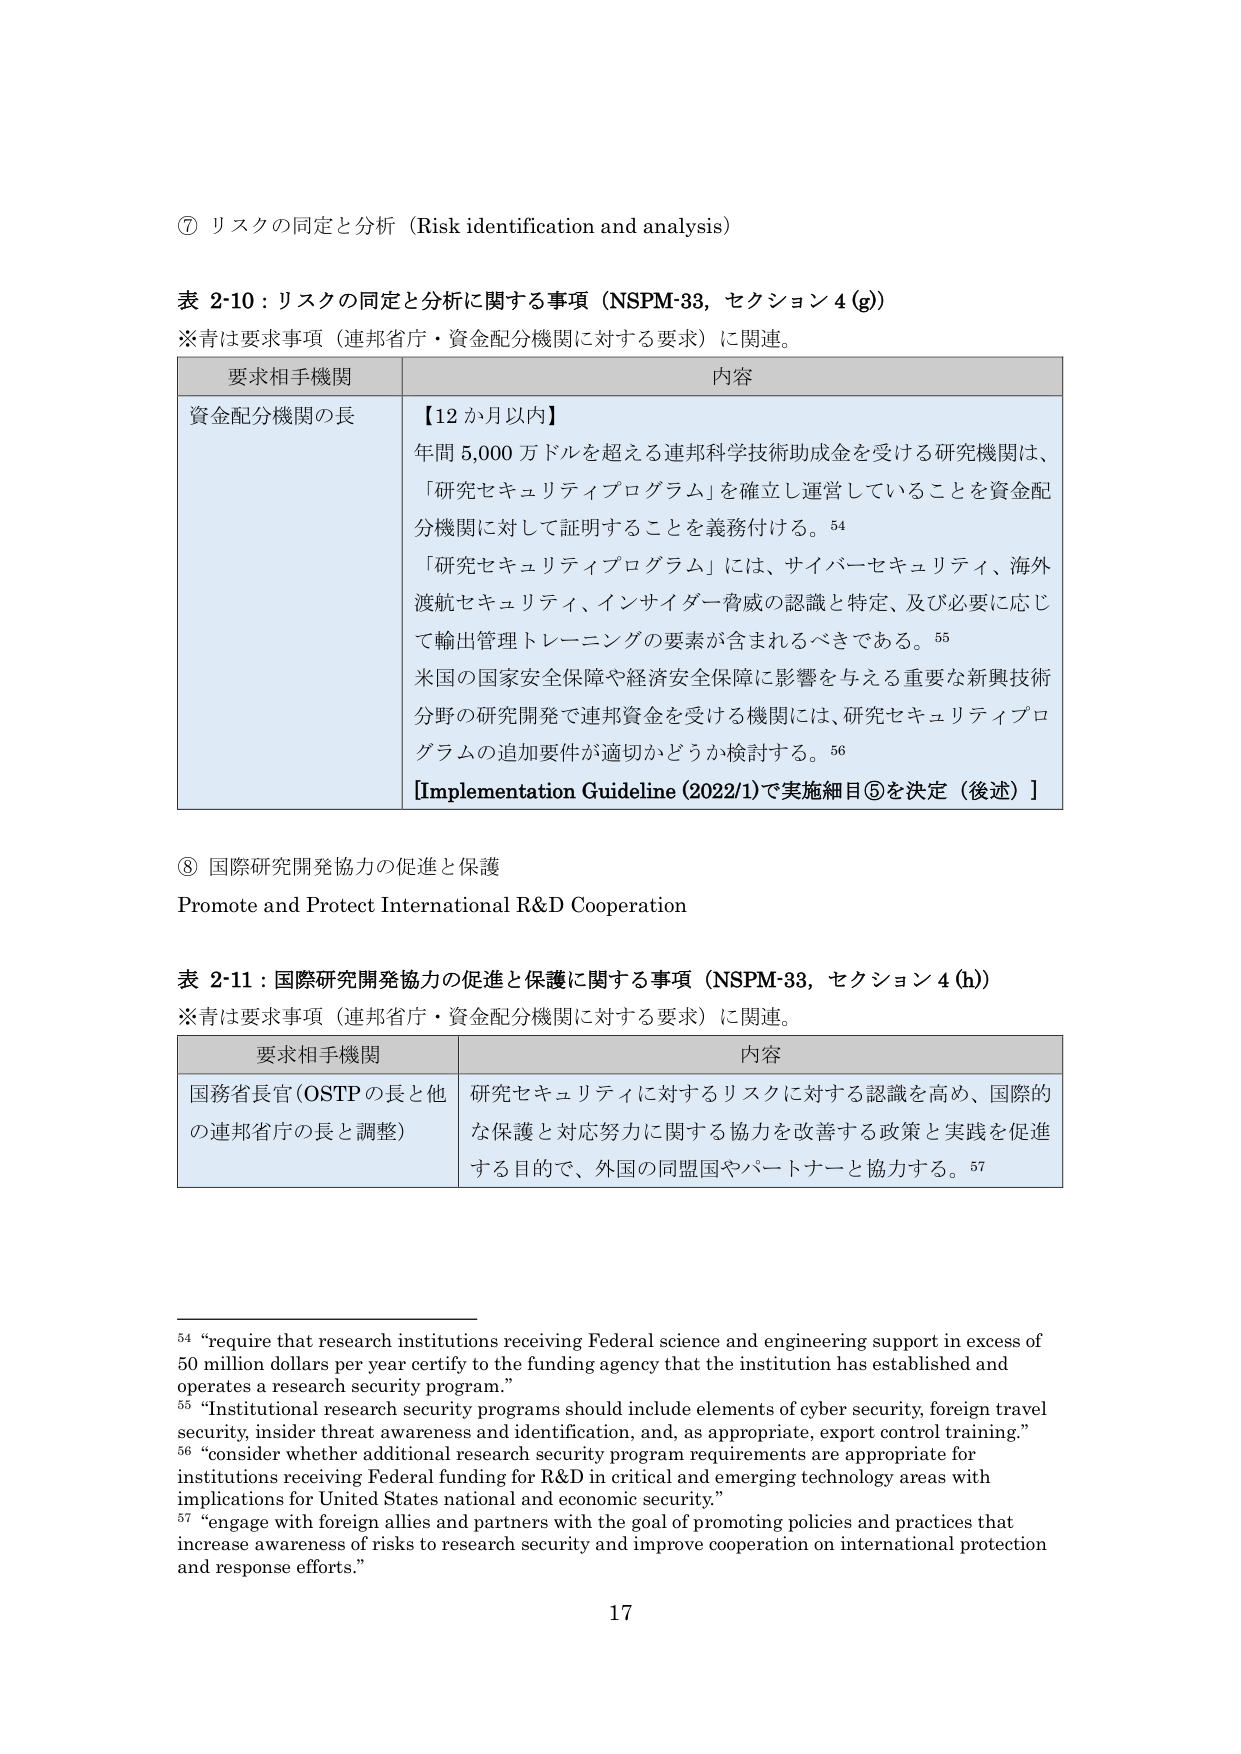
⑦ リスクの同定と分析（Risk identification and analysis）

表 2-10：リスクの同定と分析に関する事項（NSPM-33，セクション 4(g)）
※青は要求事項（連邦省庁・資金配分機関に対する要求）に関連。

要求相手機関